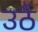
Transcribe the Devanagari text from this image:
उठैं